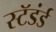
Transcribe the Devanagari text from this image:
स्टॅडंर्ड